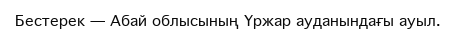
Бестерек — Абай облысының Үржар ауданындағы ауыл.